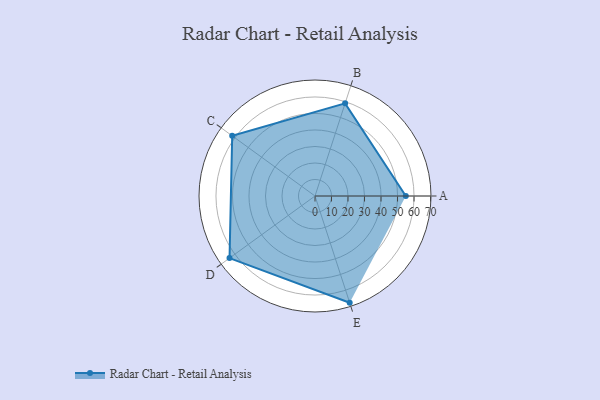
{"axis": {"x": "Skill", "y": "Score"}, "legend": ["Profile"], "data": [{"x": "A", "y": 55.0, "type": "Profile"}, {"x": "B", "y": 59.0, "type": "Profile"}, {"x": "C", "y": 62.0, "type": "Profile"}, {"x": "D", "y": 64.0, "type": "Profile"}, {"x": "E", "y": 68.0, "type": "Profile"}]}